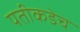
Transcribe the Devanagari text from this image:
पतीकडेच